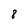
Character: 8